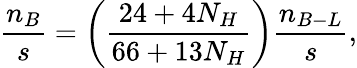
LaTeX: \frac{n_{B}}{s}=\left(\frac{24+4N_{H}}{66+13N_{H}}\right)\frac{n_{B-L}}{s},